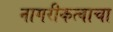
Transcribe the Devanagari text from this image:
नागरीकत्वाचा